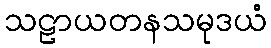
သဠာယတနသမုဒယံ